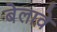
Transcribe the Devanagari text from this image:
बेलावे